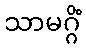
သာမဂ္ဂိံ